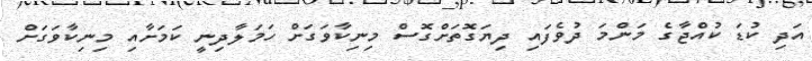
އަދި ކުޑަ ކުއްޖާގެ މަންމަ ދުވެފައި ދިޔަގޮތަށްގޮސް މިނިކާވަގަށް ހަމަލާދިނީ ކަމަށާއި މިނިކާވަގަށް